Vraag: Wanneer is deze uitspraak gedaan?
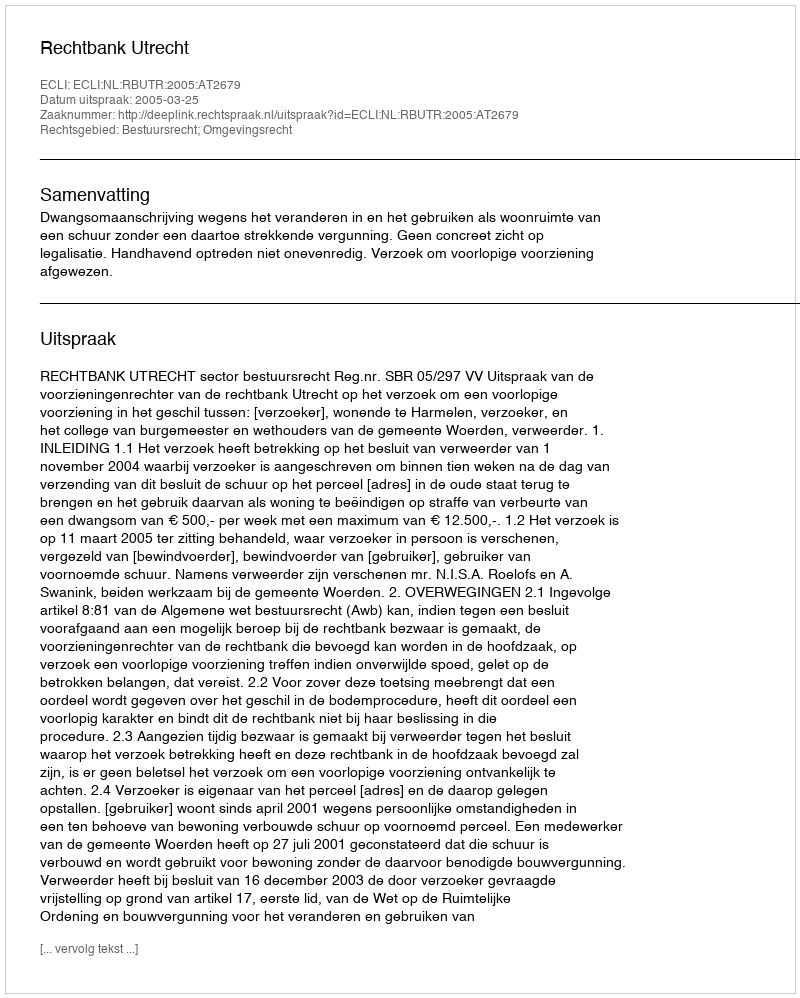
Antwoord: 2005-03-25